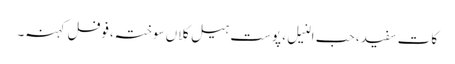
کات سفید، حب النیل، پوست ہیل کلاں سوختہ،فوفل کہنہ۔